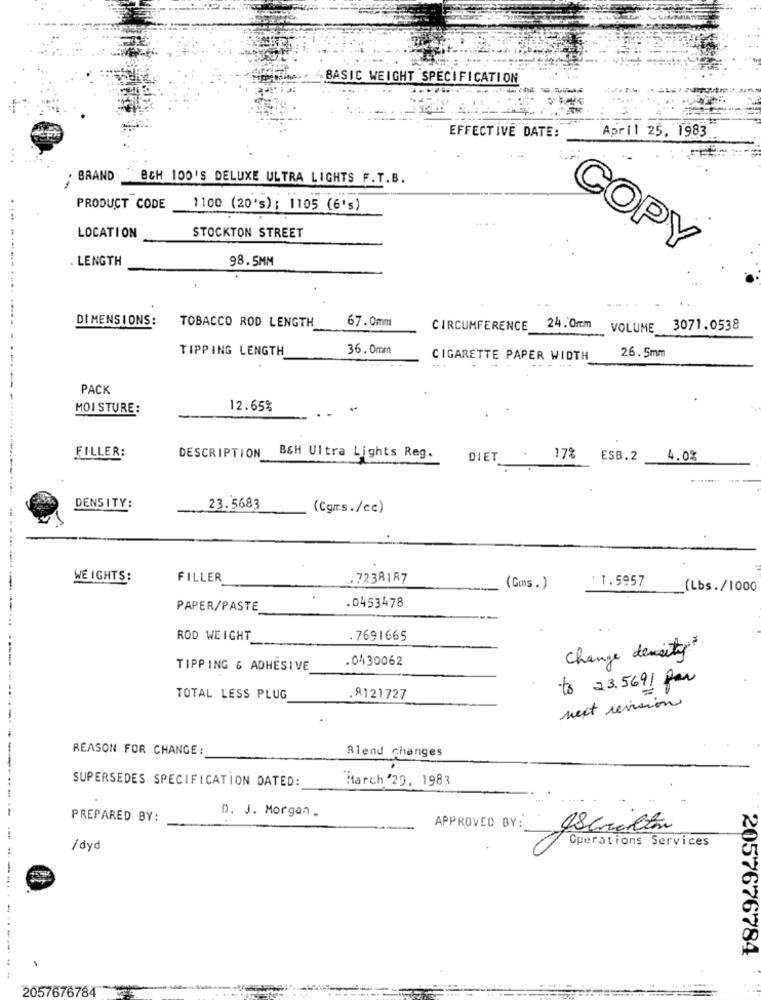
BASIC WEIGHT SPECIFICATION
April 25, 1983
EFFECTIVE DATE:
BRAND
B&H 100'S DELUXE ULTRA LIGHTS F.T.B.
PRODUCT CODE
1100 (20's); 1105 (6's)
... .
STOCKTON STREET
LOCATION
LENGTH
98.5MM
COPY
DI MENS IONS:
TOBACCO ROD LENGTH
67.0mm
CIRCUMFERENCE 24.0mm
VOLUME 3071.0538
TIPPING LENGTH
36. 0mm
26.5mm
CIGARETTE PAPER WIDTH
PACK
MOI STURE:
12.65%
FILLER:
DESCRIPTION
B&H Ultra Lights Reg.
DIET
17%
ESB.2
4.0%
DENSITY:
23.5683
(Cgm.s./cc)
WE IGHTS:
FILLER
.7238187
:1.5957
(Gms. )
(Lbs./1000
PAPER/PASTE
.0453478
ROD WEIGHT
.7691665
Change density
.0430062
TIPPING & ADHESIVE
to 23.5691 for
TOTAL LESS PLUG
.8121727
next revision
REASON FOR CHANGE:
Blend changes
Harch '29, 1983
SUPERSEDES SPECIFICATION DATED:
---------------------
PREPARED BY:
D. J. Morgan .
APPROVED BY :_
/ dyd
Operations Services
2057676784
.. ..-
2057676784